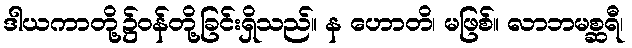
ဒါယကာတို့၌ဝန်တို့ခြင်းရှိသည်။ န ဟောတိ၊ မဖြစ်။ လာဘမစ္ဆရီ၊